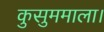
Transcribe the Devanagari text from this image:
कुसुममाला।